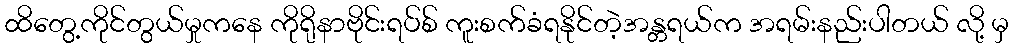
ထိတွေ့ကိုင်တွယ်မှုကနေ ကိုရိုနာဗိုင်းရပ်စ် ကူးစက်ခံရနိုင်တဲ့အန္တရယ်က အရမ်းနည်းပါတယ် လို့ မှ